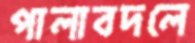
পালাবদলে